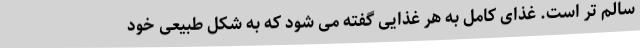
سالم تر است. غذای کامل به هر غذایی گفته می شود که به شکل طبیعی خود